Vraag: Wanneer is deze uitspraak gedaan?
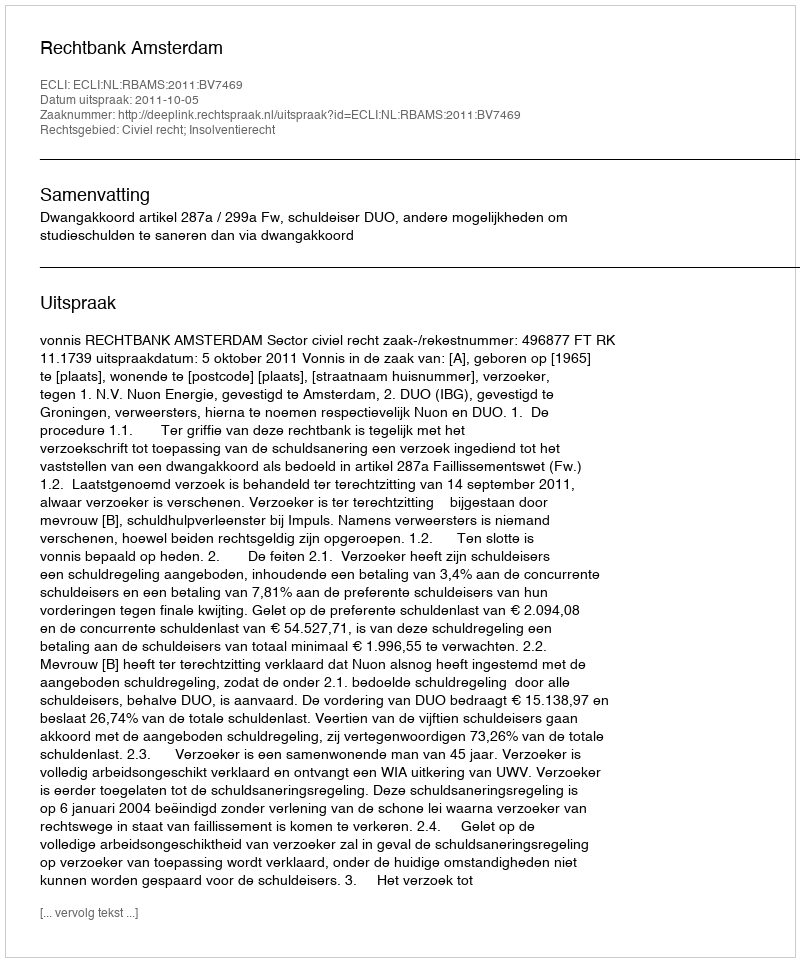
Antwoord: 2011-10-05